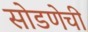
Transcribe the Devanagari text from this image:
सोडणेची